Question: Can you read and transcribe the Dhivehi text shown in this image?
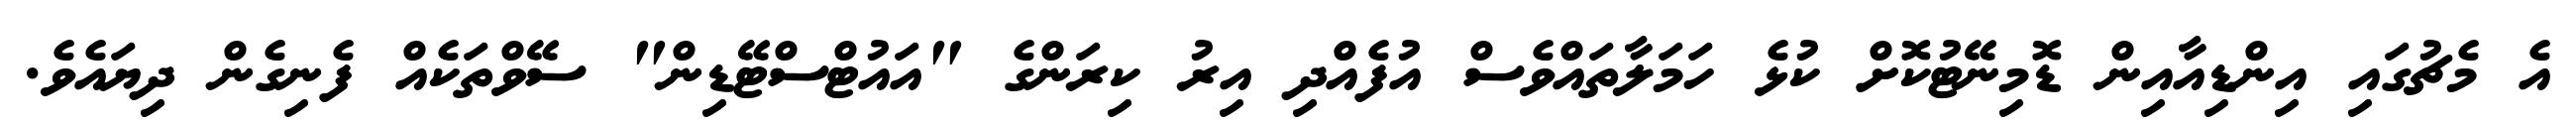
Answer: އެ މެޗުގައި އިންޑިއާއިން ޑޮމިނޭޓުކޮށް ކުޅެ ހަމަލާތައްވެސް އުފެއްދި އިރު ކިރަންގެ "އައުޓްސްޓޭޑިން" ސޭވްތަކެއް ފެނިގެން ދިޔައެވެ.